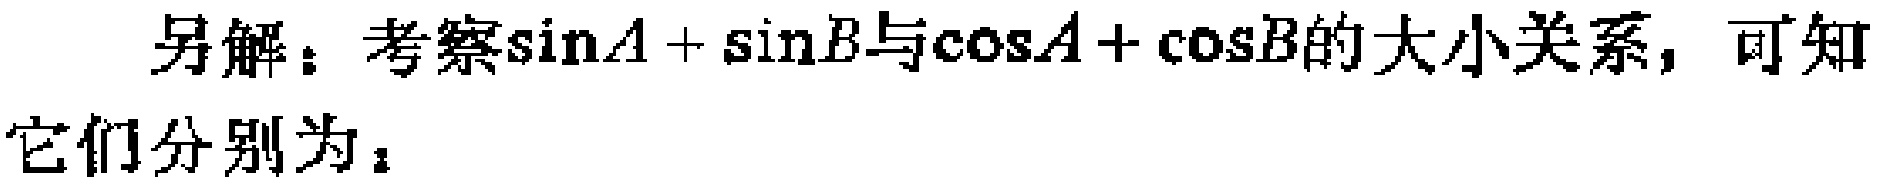
另解：考察\(\sin A + \sin B\)与\(\cos A + \cos B\)的大小关系，可知
它们分别为：